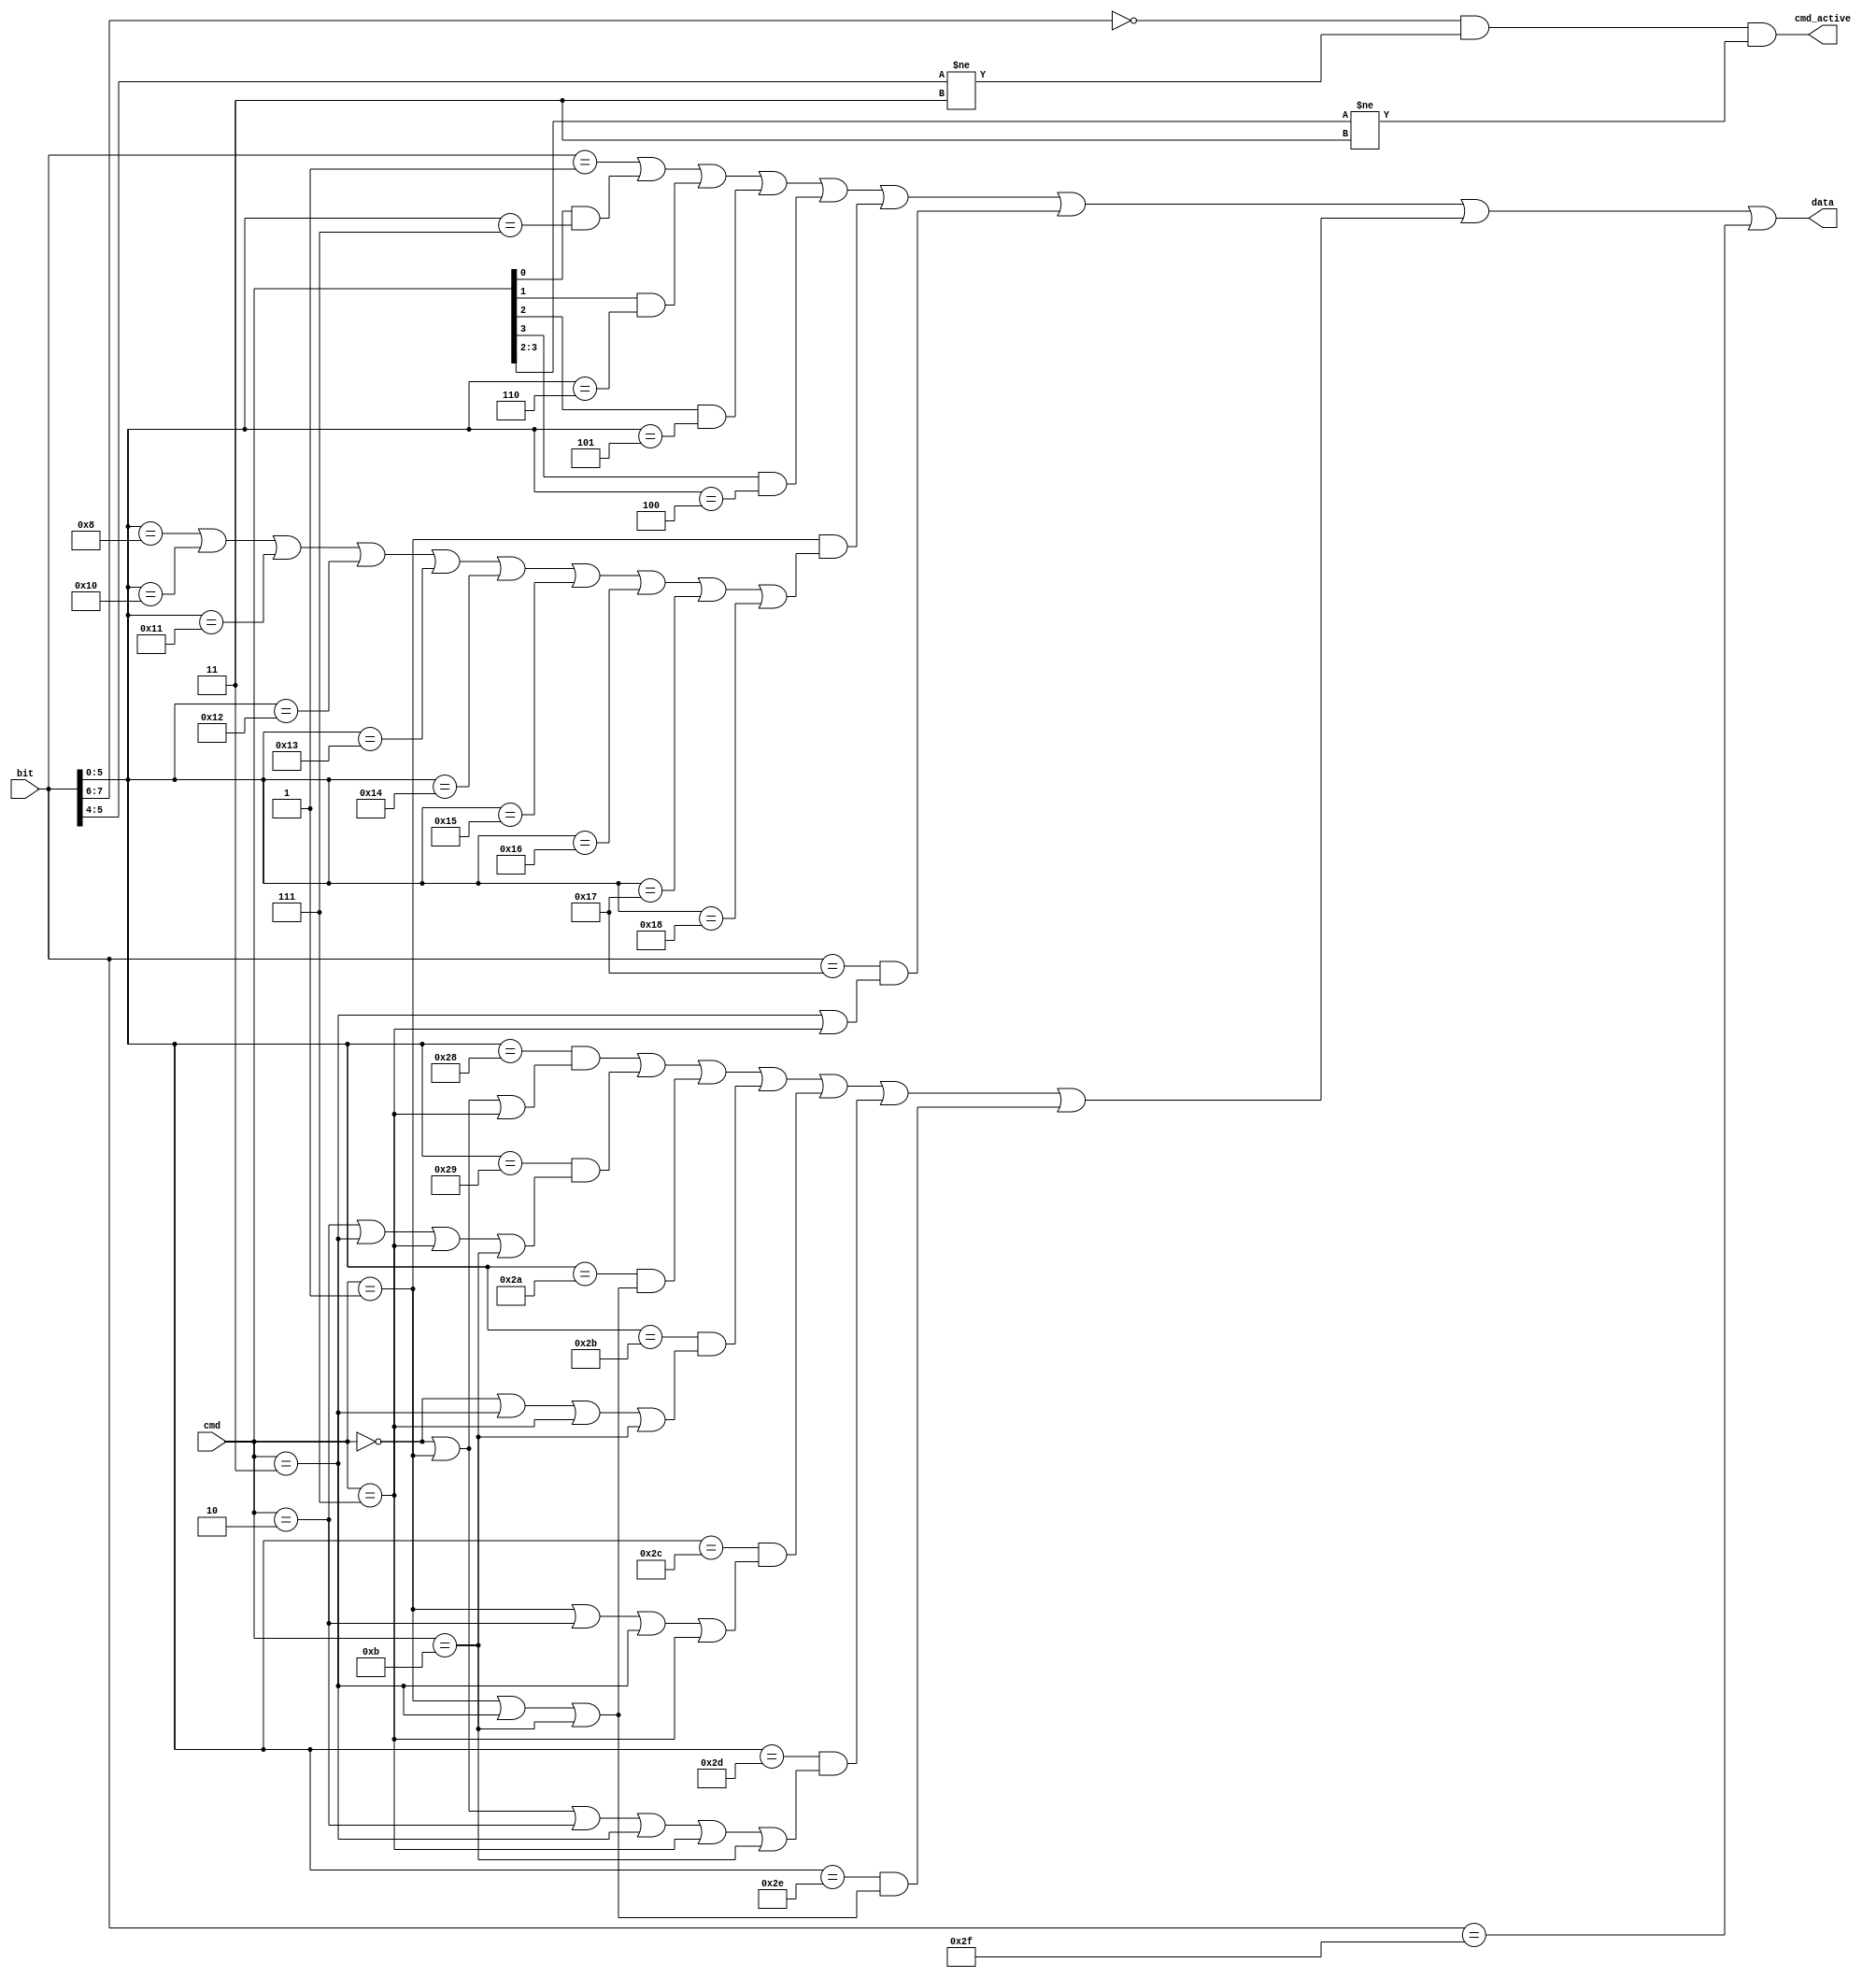
//
// Hard-wired CMD bit module, includes hard-wired CRC
// optimized for PLD implementation
//


//
// MMC CMD Bit Select
// Start, Command, Arg, CRC, Stop
//

// Copyright 2004-2005 Openchip
// http://www.openchip.org






// send 80 clocks ?


// Initialize


// identify, loop until ready !


// just read the rest of response


// read CID


// assign RCA


// go transfer


// stream read command


// stream read transfer in progress


// config done, just idle wait for reset


// config error, just idle wait for reset





module mmc_cmd_select(
  cmd,
  bit,
  cmd_active,
  data);

input [3:0] cmd;
input [7:0] bit;
output cmd_active;
output data;

wire start_bit;
wire cmd_bits;
wire CMD1_dat;
wire arg16_bit;
wire crc_bit;
wire stop_bit;


//
// Command bits active 
// START, CMD, ARG, CRC7, STOP == 48Bits
//
assign cmd_bits  = (bit[7:6] == 2'b00) & 
                   (bit[5:4] != 2'b11) &
			    (cmd[3:2] != 2'b11);
// Start bit
assign start_bit = bit[7:0] == 8'b00000001;
// RCA=0x01 (D16 in Argument)
assign arg16_bit = bit[7:0] == 8'b00010111; 
// select Start Address for streaming
//assign arg_x_bit = counter_command_bits[7:0] == 8'b00010101; 
// Stop bit
assign stop_bit  = bit[7:0] == 8'b00101111;

// ---------------------------------------------------------------------------
// hard-wired CRC7 generator!
// this implementation requires less resources in PLD 
// than serial CRC calculator
// the values are calculated by an C program
// ---------------------------------------------------------------------------

// CMD0,0          xx
// CMD1,0x80FF8000 xx
// CMD2,0          4d   0100 1101
// CMD3,0x10000    7f   0111 1111
// CMD7,0x10000    dd   1101 1101
// CMD11,0         77   0111 0111

assign crc_bit =
    ( (bit[5:0] == 6'b101000) & ( 
      (cmd==4'b0000) 
    | (cmd==4'b0001) 
    | (cmd==4'b0111) ) ) // CRC6
  
  | ( (bit[5:0] == 6'b101001) & ( 
      (cmd==4'b0010) 
    | (cmd==4'b0011) 
    | (cmd==4'b0111) 
    | (cmd==4'b1011) ) ) // CRC5

  | ( (bit[5:0] == 6'b101010) & ( 
      (cmd==4'b0001) 
    | (cmd==4'b0011) 
    | (cmd==4'b1011) ) ) // CRC4

  | ( (bit[5:0] == 6'b101011) & ( 
      (cmd==4'b0000) 
    | (cmd==4'b0011) 
    | (cmd==4'b0111) 
    | (cmd==4'b1011) ) ) // CRC3

  | ( (bit[5:0] == 6'b101100) & ( 
      (cmd==4'b0001) 
    | (cmd==4'b0010) 
    | (cmd==4'b0011) 
    | (cmd==4'b0111) ) ) // CRC2

  | ( (bit[5:0] == 6'b101101) & ( 
      (cmd==4'b0000) 
    | (cmd==4'b0001) 
    | (cmd==4'b0010) 
    | (cmd==4'b0011) 
    | (cmd==4'b0111) 
    | (cmd==4'b1011) ) ) // CRC1

  | ( (bit[5:0] == 6'b101110) & ( 
      (cmd==4'b0001) 
    | (cmd==4'b0011) 
    | (cmd==4'b1011) ) ) // CRC0
  ;

// ---------------------------------------------------------------------------
// Hard wired ARG for CMD1 == 0x80FF8000
// ---------------------------------------------------------------------------

assign CMD1_dat = (cmd==4'b0001) &
  ( (bit[5:0] == 6'b001000) //
  | (bit[5:0] == 6'b010000) //
  | (bit[5:0] == 6'b010001) //
  | (bit[5:0] == 6'b010010) //
  | (bit[5:0] == 6'b010011) //
  | (bit[5:0] == 6'b010100) //
  | (bit[5:0] == 6'b010101) //
  | (bit[5:0] == 6'b010110) //
  | (bit[5:0] == 6'b010111) //
  | (bit[5:0] == 6'b011000) //
  );
  

// ---------------------------------------------------------------------------
// Select CMD Data output
// ---------------------------------------------------------------------------

assign data =
    start_bit                // START
  | ( cmd[0] & (bit[5:0] == 6'b000111)  )
  | ( cmd[1] & (bit[5:0] == 6'b000110)  )
  | ( cmd[2] & (bit[5:0] == 6'b000101)  )
  | ( cmd[3] & (bit[5:0] == 6'b000100)  )
  | CMD1_dat // CMD1 Argument
  | ( arg16_bit & ((cmd == 4'b0011) | (cmd == 4'b0111)) ) // RCA = 0x1 ARG16
//  | ( arg_x_bit & (cmd_state == CMD11) ) // Start Address = 0x0400 ARG10
  | crc_bit                  // Hard coded CRC7
  | stop_bit;                // STOP

assign cmd_active = cmd_bits;

endmodule